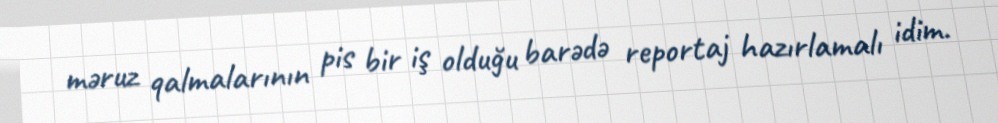
məruz qalmalarının pis bir iş olduğu barədə reportaj hazırlamalı idim.